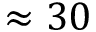
\approx 3 0